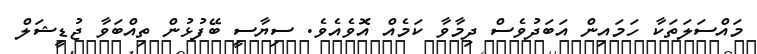
މައްސަލަތަކާ ހަމައިން އަބަދުވެސް ދިމާވާ ކަމެއް އޮވެއެވެ. ސިޔާސީ ބޭފުޅުން ތިއްބަވާ ޖުޑީޝަލް